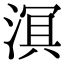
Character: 𬈑